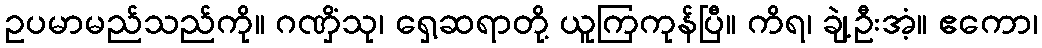
ဥပမာမည်သည်ကို။ ဂဏှိံသု၊ ရှေ့ဆရာတို့ ယူကြကုန်ပြီ။ ကိရ၊ ချဲ့ဦးအံ့။ ဧကော၊